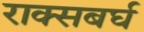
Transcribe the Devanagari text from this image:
राक्सबर्घ